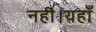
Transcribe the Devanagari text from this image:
नहीं।यहाँ